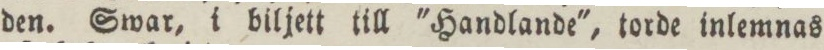
den. Swar, i biljett till 'Handlande', torde inlemnas